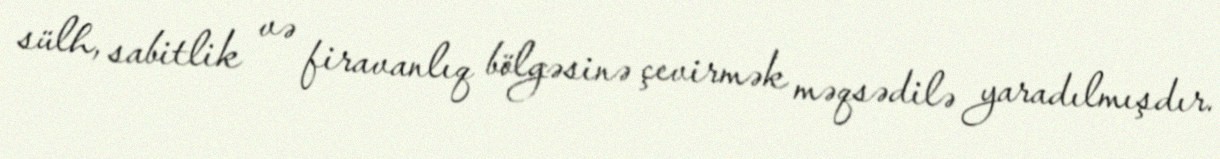
sülh, sabitlik və firavanlıq bölgəsinə çevirmək məqsədilə yaradılmışdır.